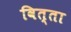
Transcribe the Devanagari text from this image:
वित्ता